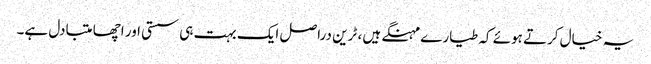
یہ خیال کرتے ہوئے کہ طیارے مہنگے ہیں ، ٹرین دراصل ایک بہت ہی سستی اور اچھا متبادل ہے۔